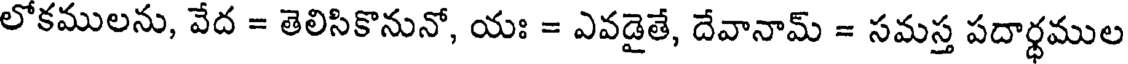
లోకములను, వేద = తెలిసికొనునో, యః = ఎవడైతే, దేవానామ్ = సమస్త పదార్ధముల